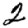
Digit: 2